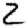
Digit: 2